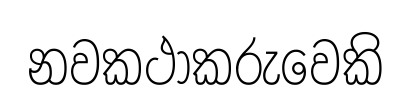
නවකථාකරුවෙකි